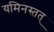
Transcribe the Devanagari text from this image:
यमिनस्तत्